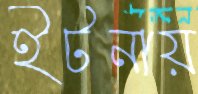
ইটনায়